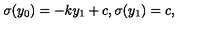
\sigma ( y _ { 0 } ) = - k y _ { 1 } + c , \sigma ( y _ { 1 } ) = c , \,